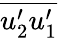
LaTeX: \overline{{u_{2}^{\prime}u_{1}^{\prime}}}